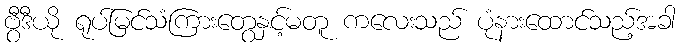
ဗွီဒီယို ရုပ်မြင်သံကြားတွေနှင့်မတူ ကလေးသည် ပုံနားထောင်သည့်အခါ